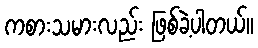
ကစားသမားလည်း ဖြစ်ခဲ့ပါတယ်။